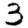
Digit: 3